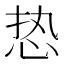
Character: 𰑔